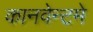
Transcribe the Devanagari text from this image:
कानवेन्टमे